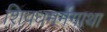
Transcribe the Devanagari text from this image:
शिवधमर्मगाथा